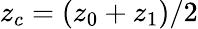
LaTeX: z_{c}=(z_{0}+z_{1})/2